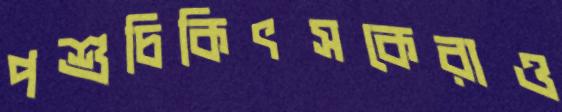
পশুচিকিৎসকেরাও